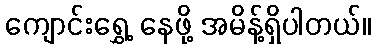
ကျောင်းရွှေ့ နေဖို့ အမိန့်ရှိပါတယ်။